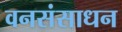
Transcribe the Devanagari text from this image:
वनसंसाधन